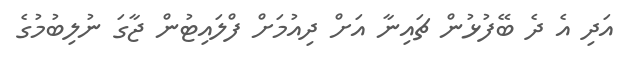
އަދި އެ ދެ ބޭފުޅުން ޗައިނާ އަށް ދިއުމަށް ފްލައިޓުން ޖާގަ ނުލިބުމުގެ